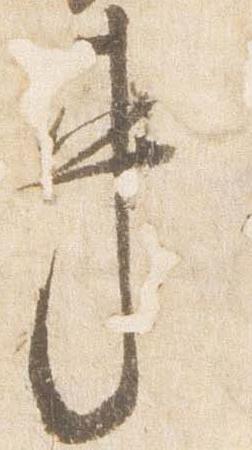
車